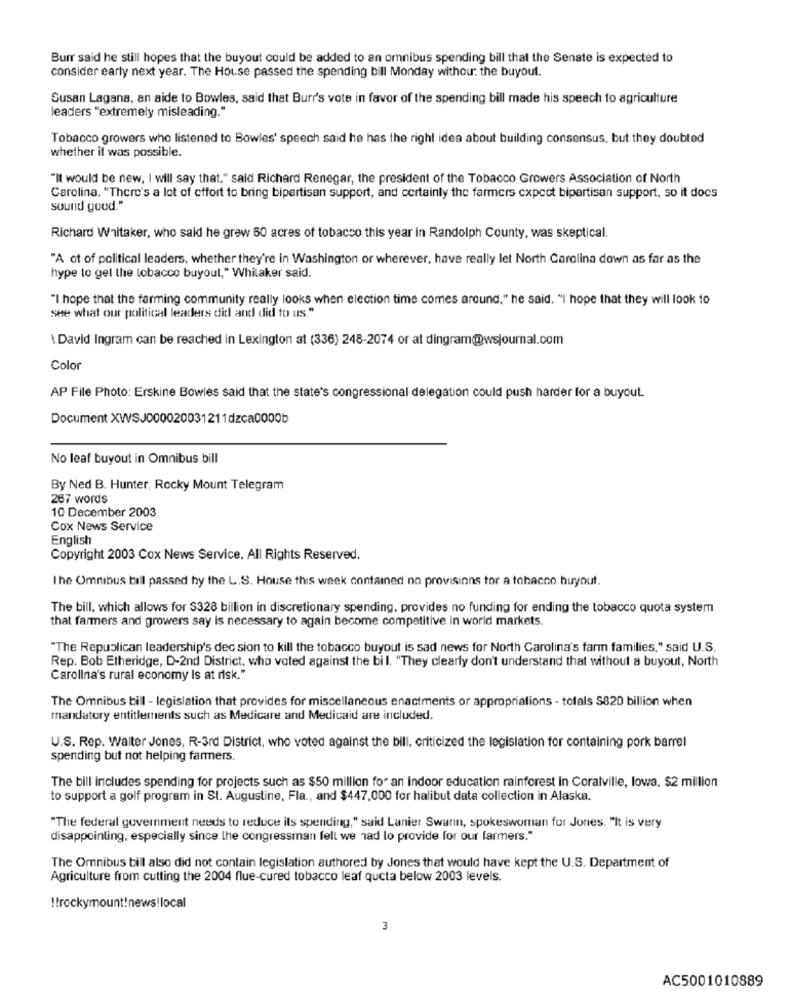
Burr said he still hopes that the buyout could be added to an omnibus spending bill that the Senate is expected to
consider early next year. The House passed the spending bill Monday withour: the buyout.
Susan Lagana, an aide to Bowles, said that Burr's vote in favor of the spending bill made his speech to agriculture
leaders "extremely misleading."
Tobacco growers who listened to Bowles' speech said he has the right idea about building consensus, but they doubled
whether it was possible.
"It would be new, I will say that," said Richard Renegar, the president of the Tobacco Growers Association of North
Carolina. "There's a lot of effort to bring bipartisan support, and certainly the farmers expect bipartisan support, so it does
sound good."
Richard Whitaker, who said he grew 60 acres of tobacco this year in Randolph County, was skeptical.
"A ot of political leaders. whether they're in Washington or wherever, have really let North Carolina down as far as the
hype to gel the tobacco buyoul," Whitaker said.
"I hope that the farming community really looks when election time comes around." he said. "I hope that they will look to
see what our political leaders did and did to us."
\David Ingram can be reached in Lexington at (336) 248-2074 or at dingram@wsjournal.com
Color
AP File Photo: Erskine Bowles said that the state's congressional delegation could push harder for a buyout.
Document XWSJ000020031211dzca0000b
No leaf buyout in Omnibus bill
By Ned B. Hunter, Rocky Mount Telegram
267 words
10 December 2003
Cox News Service
English
Copyright 2003 Cox News Service. All Rights Reserved.
The Omnibus bill passed by the L.S. House this week contained no provisions tor a tobacco huyout.
The bill, which allows for $328 billion in discretionary spending, provides no funding for ending the tobacco quota system
that farmers and growers say is necessary to again become competitive in world markets.
"The Republican leadership's dec sion to kill the tobacco buyout is sad news for North Carolina's farm families," said U.S.
Rep. Bob Etheridge, D-2nd District, who voted against the bil. "They clearly don't understand that without a buyout, North
Carolina's rural economy Is at risk."
The Omnibus bill - legislation that provides for miscellaneous enactments or appropriations - totals S820 billion when
mandatory entitlements such as Medicare and Medicaid are included.
U.S. Rep. Walter Jones, R-3rd District, who voted against the bill, criticized the legislation for containing pork barrel
spending but not helping farmers.
The bill includes spending for projects such as $50 million for an indoor education rainforest in Coralville, lowa, $2 million
to support a golf program in St. Augustine, Fla ., and $447,000 for halibut data collection in Alaska.
"The federal government needs to reduce its spending," said Lanier Swarin, spokeswoman for Jones. "It is very
disappointing, especially since lhe congressman fell we had lo provide for our farmers."
The Omnibus bill also did not contain legislation authored by Jones that would have kept the U.S. Department of
Agriculture from cutting the 2004 flue-cured tobacco leaf qucta below 2003 levels.
!! rockymount!news!local
3
AC5001010889